Medical and sanitary report of the native army of Madras for the year
Year: 1876
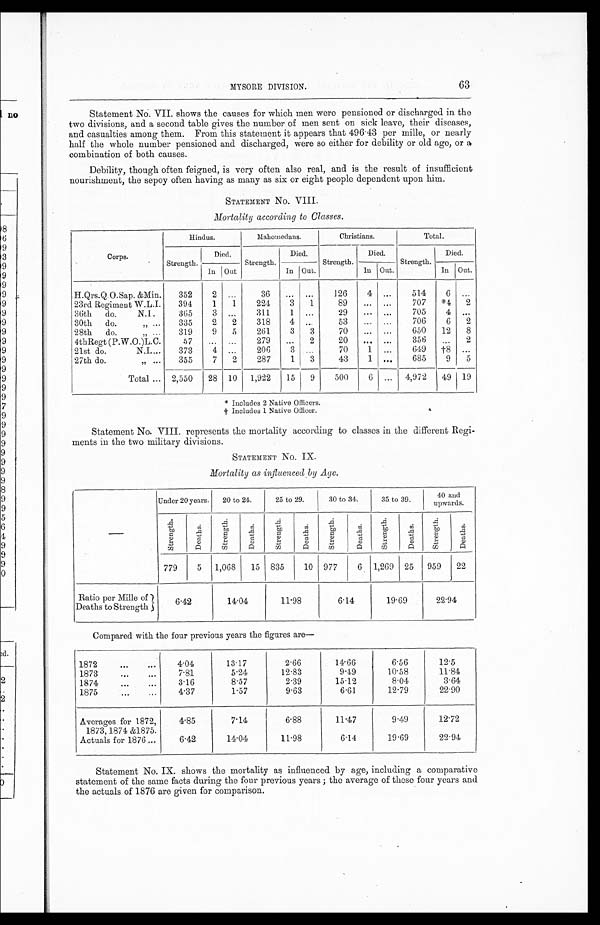
MYSORE DIVISION.
63
Statement No. VII. shows the causes for which men were pensioned or discharged in the
two divisions, and a second table gives the number of men sent on sick leave, their diseases,
and casualties among them. From this statement it appears that 496.43 per mille, or nearly
half the whole number pensioned and discharged, were so either for debility or old age, or a
combination of both causes.
Debility, though often feigned, is very often also real, and is the result of insufficient
nourishment, the sepoy often having as many as six or eight people dependent upon him.
STATEMENT No. VIII.
Mortality according to Classes.
Corps.
Hindus.
M a h o m e d a n s .
Christians.
Total.
Strength.
Died.
Strength.
Died.
Strength.
Died.
Strength.
Died.
In Out
In Out.
In Out.
In Out.
H.Qrs.Q.O.Sap. &Min.
352
2 ...
36
...
...
126
4 ...
514
6 ...
23rd Regiment W.L.I.
394
1
1
224
3
1
89
...
...
707
* 4
2
36th
do.
N.I.
365
3 ...
311
1
...
29
. . .
. . .
705
4 ...
30th
do. ,, ...
335
2
2
318
4
. . .
53
. . .
...
706
6
2
28th
do.
,, ...
319
9
5
261
3
3
70
. . .
. . .
650
12
8
4thRegt (P.W.0.)L.C.
57
...
. . .
279
...
2
20
... ...
356
...
2
21st do.
N.I....
373
4 ...
206
3
...
70
1
...
649
†8 ...
27th do. ,, ...
355
7
2
287
1
3
43
1 ...
685
9
5
Total ... 2,550
28 10
1,922
15
9
500
6
...
4,972
49
19
* I n c l u d e s 2 N a t i v e O f f i c e r s .
† I n c l u d e s 1 N a t i v e O f f i c e r .
Statement No. VIII. represents the mortality according to classes in the different Regi-
ments in the two military divisions.
STATEMENT No. IX.
Mortality as influenced by Age.
Under 20 years.
20 to 24.
25 to 29.
30 to 34.
35 to 39.
40 and
upwards.
S t r e n g t h .
D e a t h s .
S t r e n g t h .
D e a t h s .
S t r e n g t h .
D e a t h s .
S t r e n g t h .
D e a t h s .
S t r e n g t h .
D e a t h s .
S t r e n g t h .
D e a t h s .
779
5
1,068
15 835
10 977
6 1,269 25 959
22
Ratio per Mille of
Deaths to Strength
6.42
14.04
11.98
6.14
19.69
22.94
Compared with the four previous years the figures are
—
1872
...
...
4.04
13.17
2.66
14.66
6.56
12.5
1873
...
...
7.81
5.24
12.83
9.49
10.58
11.84
1874
...
...
3.16
8.57
2.39
15.12
8.04
3.64
1875
...
...
4.37
1.57
9.63
6.61
12.79
22.90
Averages for 1872,
1873, 1874 &1875.
4.85
7.14
6.88
11.47
9.49
12.72
Actuals for 1876...
6.42
14.04
11.98
6.14
19.69
22.94
Statement No. IX. shows the mortality as influenced by age, including a comparative
statement of the same facts during the four previous years ; the average of these four years and
the actuals of 1876 are given for comparison.